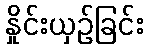
နှိုင်းယှဉ်ခြင်း